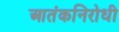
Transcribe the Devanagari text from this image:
आतंकनिरोधी